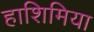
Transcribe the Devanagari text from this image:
हाशिमिया